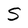
Character: S